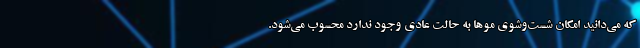
که می‌دانید امکان شست‌وشوی موها به حالت عادی وجود ندارد محسوب می‌شود.